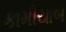
કામીયાબ